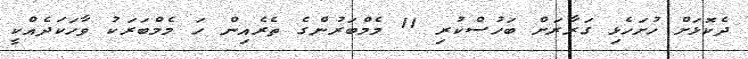
ދެކޮޅަށް ހުށަހެޅި ގަރާރަށް ބަހުސްކުރި 11 މެމްބަރުންގެ ތެރެއިން ހަ މެމްބަރަކު ވާހަކަދެއްކީ